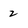
Character: 2